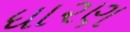
ધા૨ણ